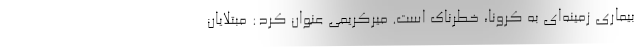
بیماری زمینه‌ای به کرونا، خطرناک است. میرکریمی عنوان کرد: مبتلایان